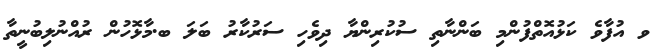
ވ އުފާވެ ކަޅުއޮތްފުންމި ބަންނާތި ސުކުރިންޔާ ދިވެހި ސަރުކާރު ބަލަ ބ.މާޅޮހުން ރުއްނުލިބުނީތާ